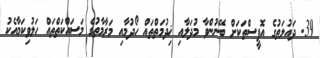
39. ދައުލަތުގެ އޮފީސްތަކަށް ބޭނުންވާ މުދަލާއި ޚިދުމަތްތައް ހޯދުމާއި މަރާމާތުގެ މަސައްކަތްތައް ހަލުވިކަމާއެކު